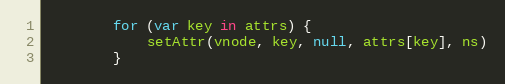
Language: JavaScript
		for (var key in attrs) {
			setAttr(vnode, key, null, attrs[key], ns)
		}